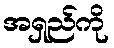
အရှည်ကို